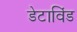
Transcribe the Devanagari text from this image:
डेटाविंड